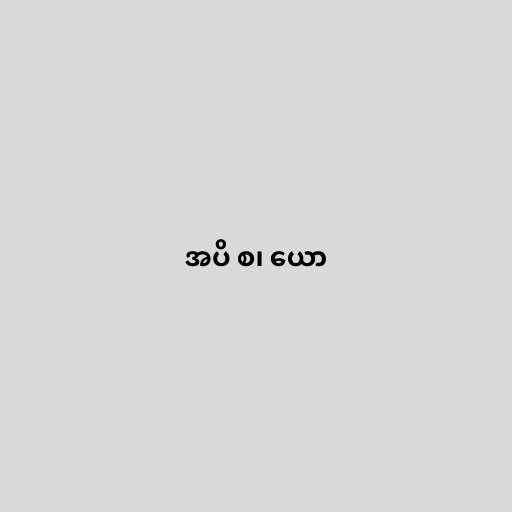
အပိ စ၊ ယော